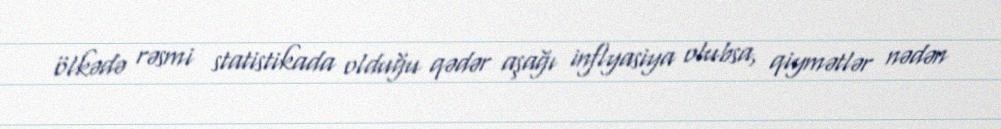
ölkədə rəsmi statistikada olduğu qədər aşağı inflyasiya olubsa, qiymətlər nədən